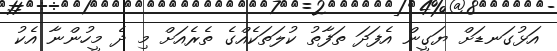
އަޅުގަނޑަށް ޔަގީން އެފަދަ ތަފާތު ކުލަތަކެއްގެ ތެރެއަށް މި ދެ މީހުންނާ އެކު